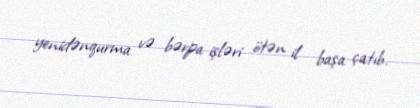
yenidənqurma və bərpa işləri ötən il başa çatıb.